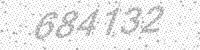
Solution: 684132